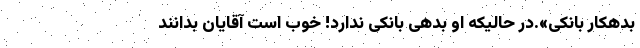
بدهکار بانکی».در حالیکه او بدهی بانکی ندارد! خوب است آقایان بدانند